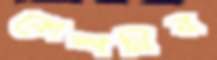
কোম্পনির